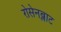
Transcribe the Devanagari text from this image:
रोसेनब्लाट